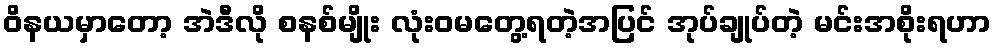
ဝိနယမှာတော့ အဲဒီလို စနစ်မျိုး လုံးဝမတွေ့ရတဲ့အပြင် အုပ်ချုပ်တဲ့ မင်းအစိုးရဟာ